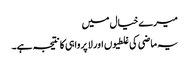
میرے خیال میں
یہ ماضی کی غلطیوں اور لا پرواہی کا نتیجہ ہے۔